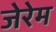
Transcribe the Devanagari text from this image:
जेरेम